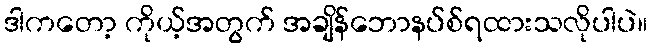
ဒါကတော့ ကိုယ့်အတွက် အချိန်ဘောနပ်စ်ရထားသလိုပါပဲ။